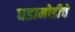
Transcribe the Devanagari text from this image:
घडामोडीचे